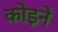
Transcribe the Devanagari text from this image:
कोइने